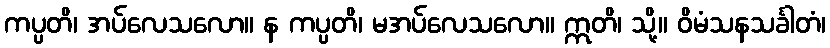
ကပ္ပတိ၊ အပ်လေသလော။ န ကပ္ပတိ၊ မအပ်လေသလော။ ဣတိ၊ သို့။ ဝိမံသနသင်္ခါတံ၊